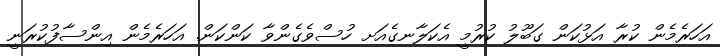
އަހަރެމެން ކުރާ އަޅުކަން ގަބޫލު ކުރުމީ އެކަލާނގެއަށ ހުސްވެގެންވާ ކަންކަން. އަހަރެމެން އިންސާފުކުރަނީ